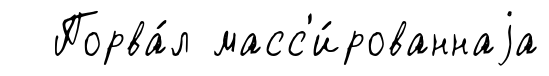
Порва́л масс'и́рованнаjа